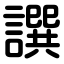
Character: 譔